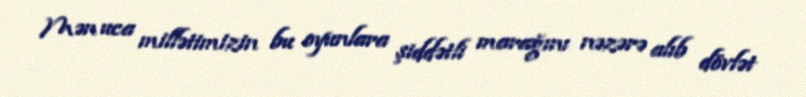
Mən uca millətimizin bu oyunlara şiddətli marağını nəzərə alıb dövlət